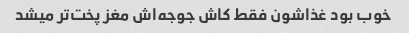
خوب بود غذاشون فقط کاش جوجه‌اش مغز پخت‌تر میشد